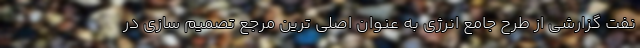
نفت گزارشی از طرح جامع انرژی به عنوان اصلی ترین مرجع تصمیم سازی در